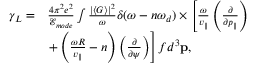
\begin{array} { r l } { \gamma _ { L } = } & { \frac { 4 \pi ^ { 2 } e ^ { 2 } } { \mathcal { E } _ { m o d e } } \int \frac { | \langle G \rangle | ^ { 2 } } { \omega } \delta ( \omega - n \omega _ { d } ) \times \left[ \frac { \omega } { v _ { \parallel } } \left( \frac { \partial } { \partial p _ { \parallel } } \right) \right. } \\ & { \left. + \left( \frac { \omega R } { v _ { \parallel } } - n \right) \left( \frac { \partial } { \partial \psi } \right) \right] f d ^ { 3 } \mathbf { p } , } \end{array}